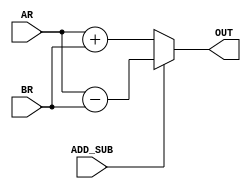
module ULA

	// ULA General I/O
	(
		input ADD_SUB, 
		input [7:0] AR, BR,
		output reg [7:0] OUT
	);
	
	// Data Type Definitions
	
	// Data Initialization
	
	// Circuit Implementation
	always @ (*) begin
		
		if (ADD_SUB == 0)
			OUT <= AR + BR;
		else
			OUT <= AR - BR;
			
	end

endmodule